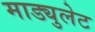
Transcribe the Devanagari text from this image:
माड्युलेट